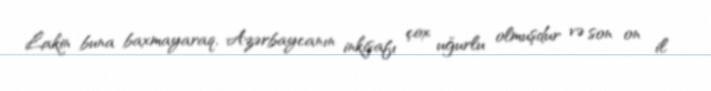
Lakin buna baxmayaraq, Azərbaycanın inkişafı çox uğurlu olmuşdur və son on il